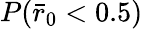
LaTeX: P(\bar{r}_{0}<0.5)